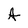
Character: A